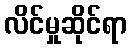
လိင်မှုဆိုင်ရာ